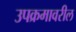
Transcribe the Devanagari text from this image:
उपक्रमावरील